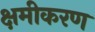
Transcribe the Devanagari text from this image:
क्षमीकरण